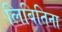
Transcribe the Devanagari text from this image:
लिबितिना